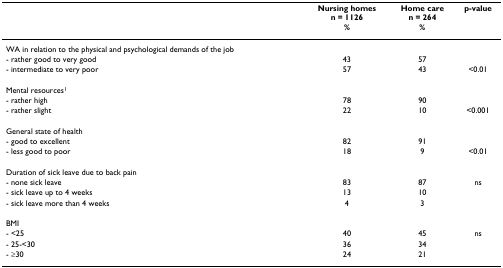
<table><thead><tr><td></td><td><b>Nursing homesn = 1126%</b></td><td><b>Home caren = 264%</b></td><td><b>p-value</b></td></tr></thead><tbody><tr><td>WA in relation to the physical and psychological demands of the job</td><td></td><td></td><td></td></tr><tr><td>- rather good to very good</td><td>43</td><td>57</td><td></td></tr><tr><td>- intermediate to very poor</td><td>57</td><td>43</td><td>&lt;0.01</td></tr><tr><td>Mental resources<sup>1</sup></td><td></td><td></td><td></td></tr><tr><td>- rather high</td><td>78</td><td>90</td><td></td></tr><tr><td>- rather slight</td><td>22</td><td>10</td><td>&lt;0.001</td></tr><tr><td>General state of health</td><td></td><td></td><td></td></tr><tr><td>- good to excellent</td><td>82</td><td>91</td><td></td></tr><tr><td>- less good to poor</td><td>18</td><td>9</td><td>&lt;0.01</td></tr><tr><td>Duration of sick leave due to back pain</td><td></td><td></td><td></td></tr><tr><td>- none sick leave</td><td>83</td><td>87</td><td>ns</td></tr><tr><td>- sick leave up to 4 weeks</td><td>13</td><td>10</td><td></td></tr><tr><td>- sick leave more than 4 weeks</td><td>4</td><td>3</td><td></td></tr><tr><td>BMI</td><td></td><td></td><td></td></tr><tr><td>- &lt;25</td><td>40</td><td>45</td><td>ns</td></tr><tr><td>- 25-&lt;30</td><td>36</td><td>34</td><td></td></tr><tr><td>- ≥30</td><td>24</td><td>21</td><td></td></tr></tbody></table>